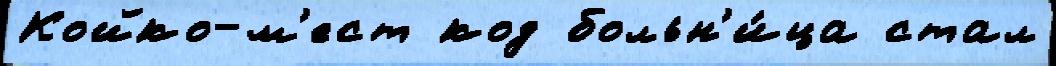
Койко-м'ест код больн'и́ца стал